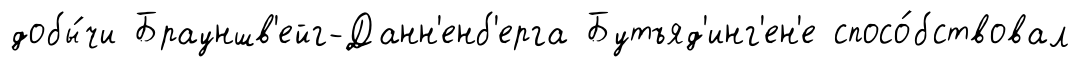
добы́чи Брауншв'ейг-Данн'енб'ерга Бутъяд'инг'ен'е спосо́бствовал